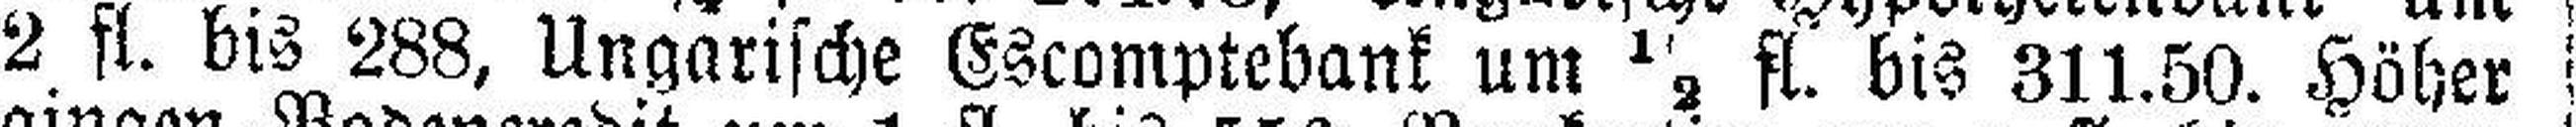
2 fl. bis 288, Ungarische Escomptebank um ½ fl. bis 311.50. Höher